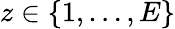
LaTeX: z\in\left\{ 1,\ldots,E\right\}